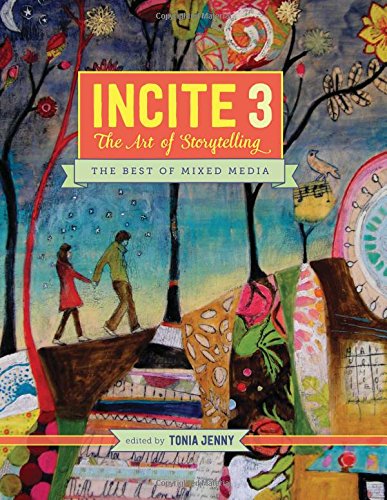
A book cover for Incite 3: The Art Of Storytelling (Incite: The Best of Mixed Media); Crafts, Hobbies & Home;